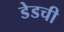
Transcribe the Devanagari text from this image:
डेडची